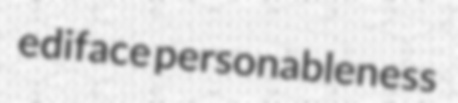
ediface personableness